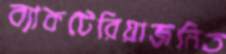
ব্যাকটেরিয়াজনিত